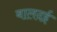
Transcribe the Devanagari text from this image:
बालदई